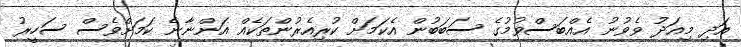
އަދި މިއަދު ވެވުނު އެއްބަސްވުމުގެ ސަބަބުން އެކަމަށް ކުރިއެރުންތަކެއް އަންނާނެ ކަމަށްވެސް ސަހީރު